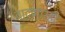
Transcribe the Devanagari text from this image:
वाटणारही